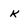
Character: K